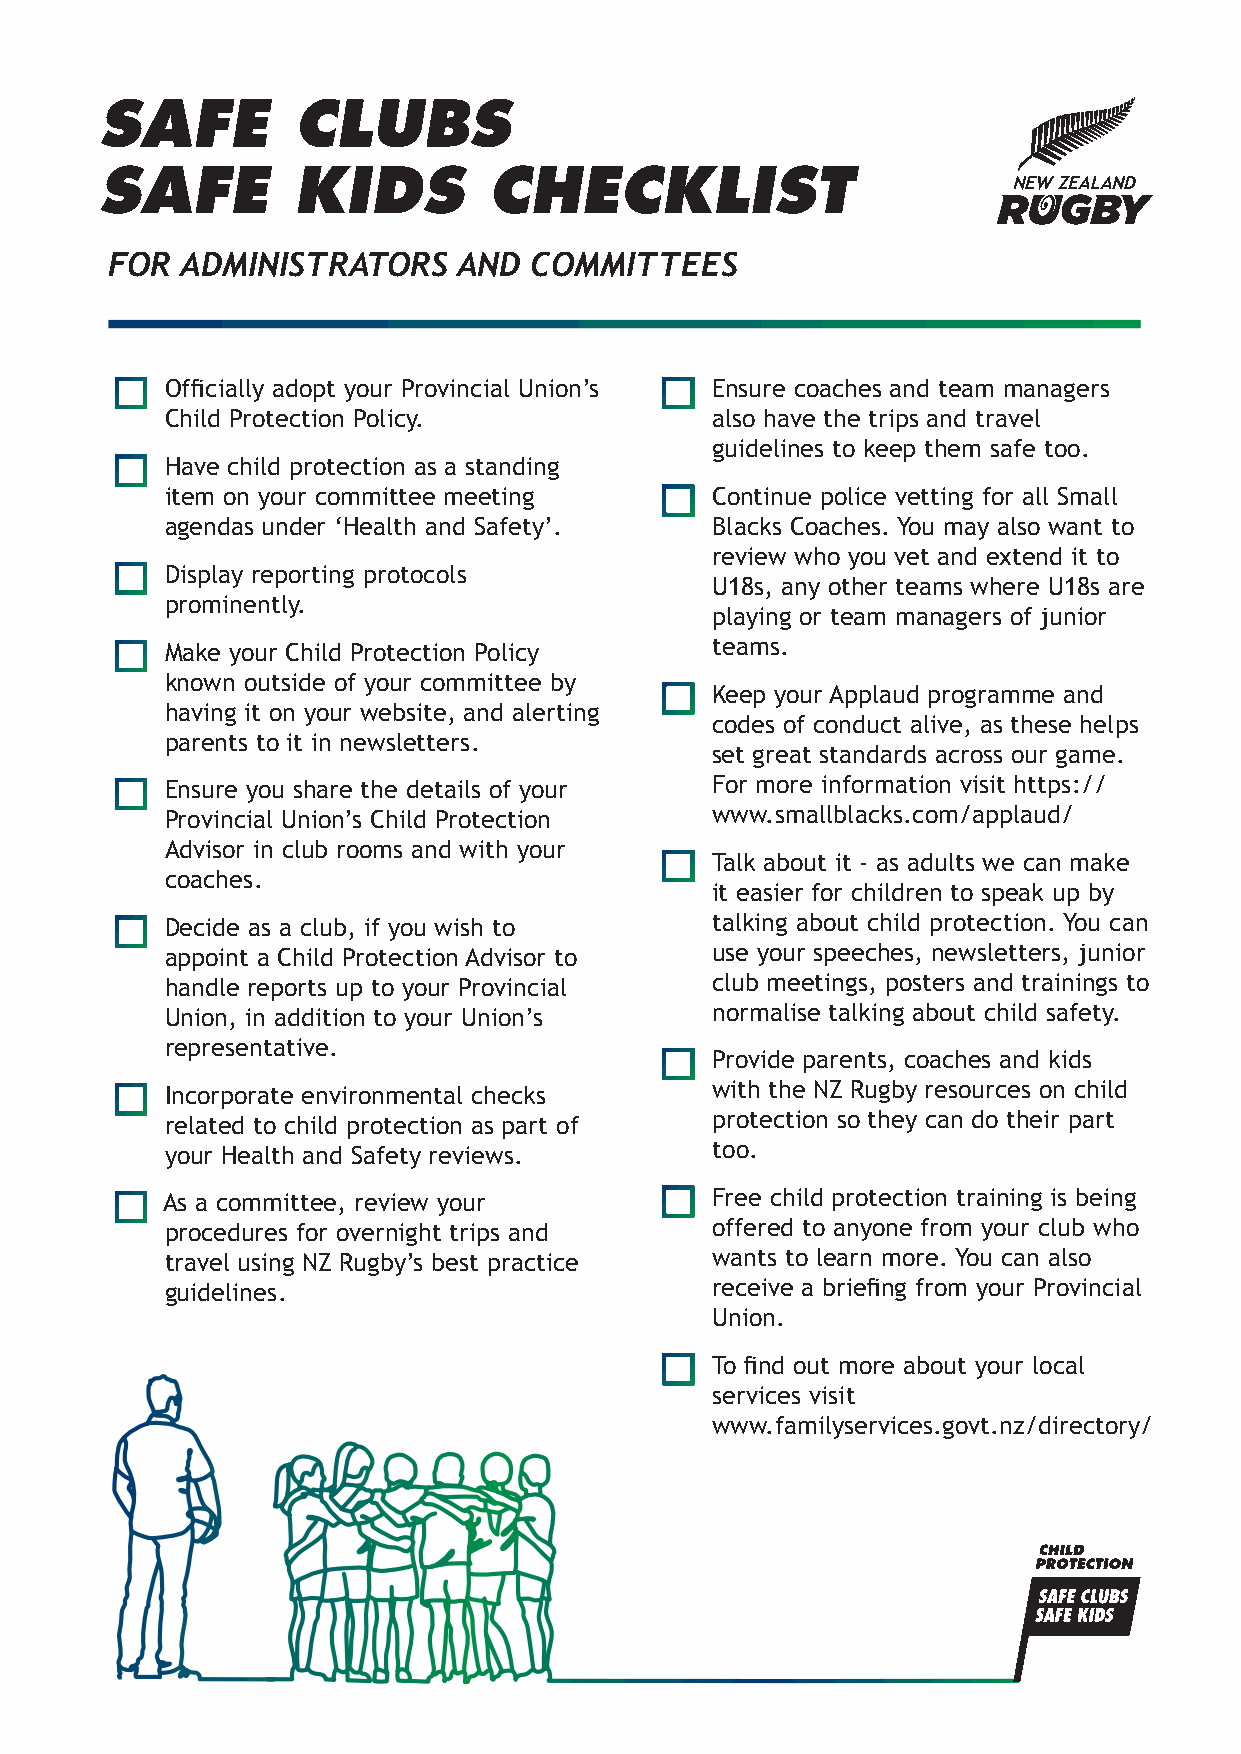
SAFE        CLUBS
 SAFE        KIDS         CHECKLIST
 FOR  ADMINISTRATORS    AND  COMMITTEES
 Officially adopt your Provincial Union’s Ensure coaches and team managers
 Child Protection Policy.            also have the trips and travel
 guidelines to keep them safe too.
 Have child protection as a standing
 item on your committee meeting      Continue police vetting for all Small
 agendas under ‘Health and Safety’.  Blacks Coaches. You may also want to
 review who you vet and extend it to
 Display reporting protocols
 U18s, any other teams where U18s are
 prominently.
 playing or team managers of junior
 Make your Child Protection Policy   teams.
 known outside of your committee by
 Keep your Applaud programme and
 having it on your website, and alerting
 codes of conduct alive, as these helps
 parents to it in newsletters.
 set great standards across our game.
 Ensure you share the details of your For more information visit https://
 Provincial Union’s Child Protection www.smallblacks.com/applaud/
 Advisor in club rooms and with your
 Talk about it - as adults we can make
 coaches.
 it easier for children to speak up by
 Decide as a club, if you wish to    talking about child protection. You can
 appoint a Child Protection Advisor to use your speeches, newsletters, junior
 handle reports up to your Provincial club meetings, posters and trainings to
 Union, in addition to your Union’s  normalise talking about child safety.
 representative.
 Provide parents, coaches and kids
 Incorporate environmental checks    with the NZ Rugby resources on child
 related to child protection as part of protection so they can do their part
 your Health and Safety reviews.     too.
 As a committee, review your         Free child protection training is being
 procedures for overnight trips and  offered to anyone from your club who
 travel using NZ Rugby’s best practice wants to learn more. You can also
 guidelines.                         receive a briefing from your Provincial
 Union.
 To find out more about your local
 services visit
 www.familyservices.govt.nz/directory/